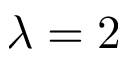
\lambda = 2